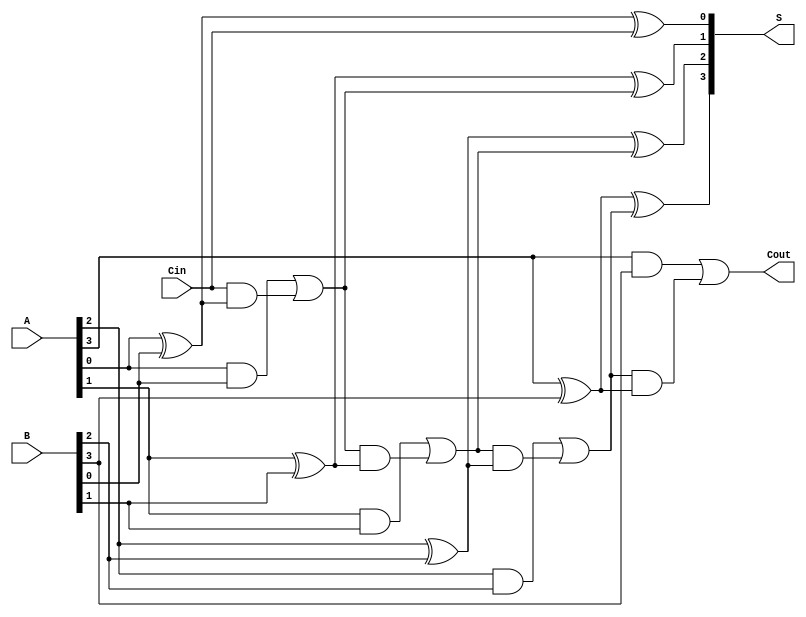
module ParallelFullAdder #(parameter n = 4) (
    input  [n-1:0] A,      // n-bit input A
    input  [n-1:0] B,      // n-bit input B
    input         Cin,      // Carry-in for the least significant bit
    output [n-1:0] S,      // n-bit sum output
    output        Cout      // Carry-out for the most significant bit
);

    wire [n:0] carry; // Carry wires, carry[n] is the final carry-out

    assign carry[0] = Cin; // Initial carry-in

    genvar i;
    generate
        for (i = 0; i < n; i = i + 1) begin : full_adder
            // Sum calculation
            assign S[i] = A[i] ^ B[i] ^ carry[i];
            // Carry calculation
            assign carry[i + 1] = (A[i] & B[i]) | (carry[i] & (A[i] ^ B[i]));
        end
    endgenerate

    assign Cout = carry[n]; // Final carry-out

endmodule